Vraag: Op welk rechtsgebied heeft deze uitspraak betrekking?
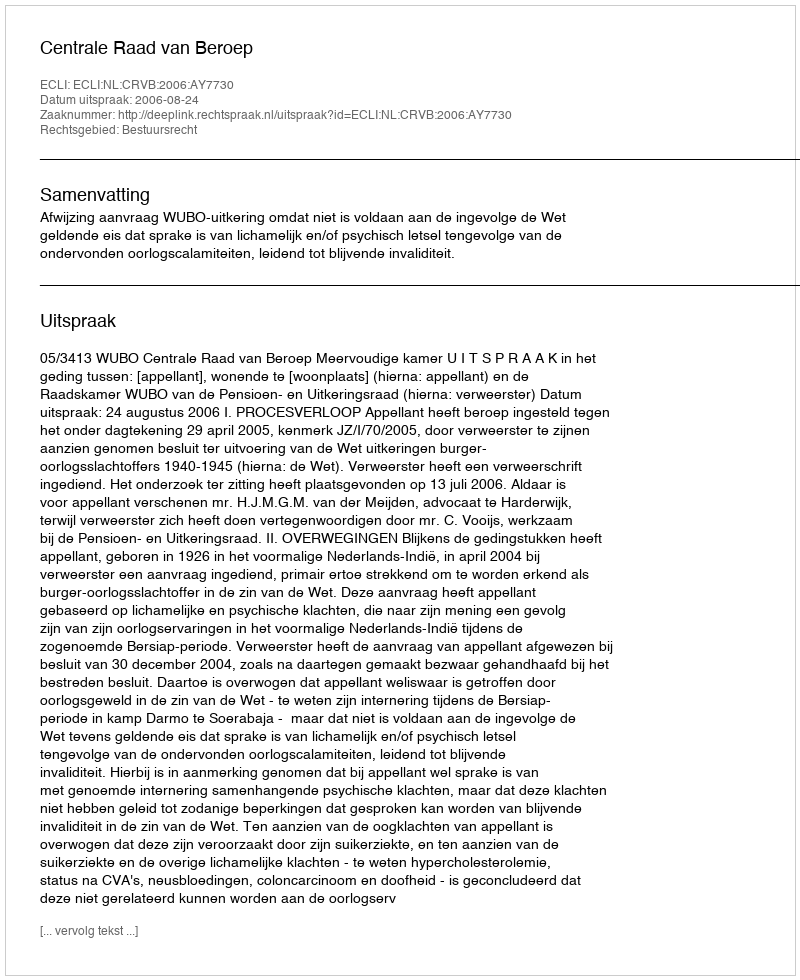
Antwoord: Bestuursrecht